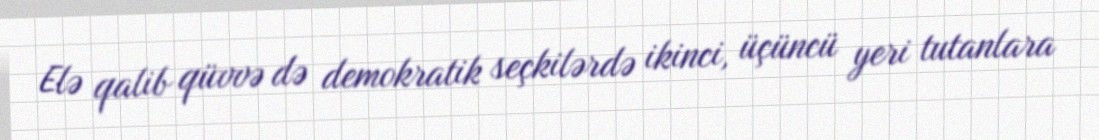
Elə qalib qüvvə də demokratik seçkilərdə ikinci, üçüncü yeri tutanlara